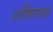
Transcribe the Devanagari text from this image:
शक्तिप्रद